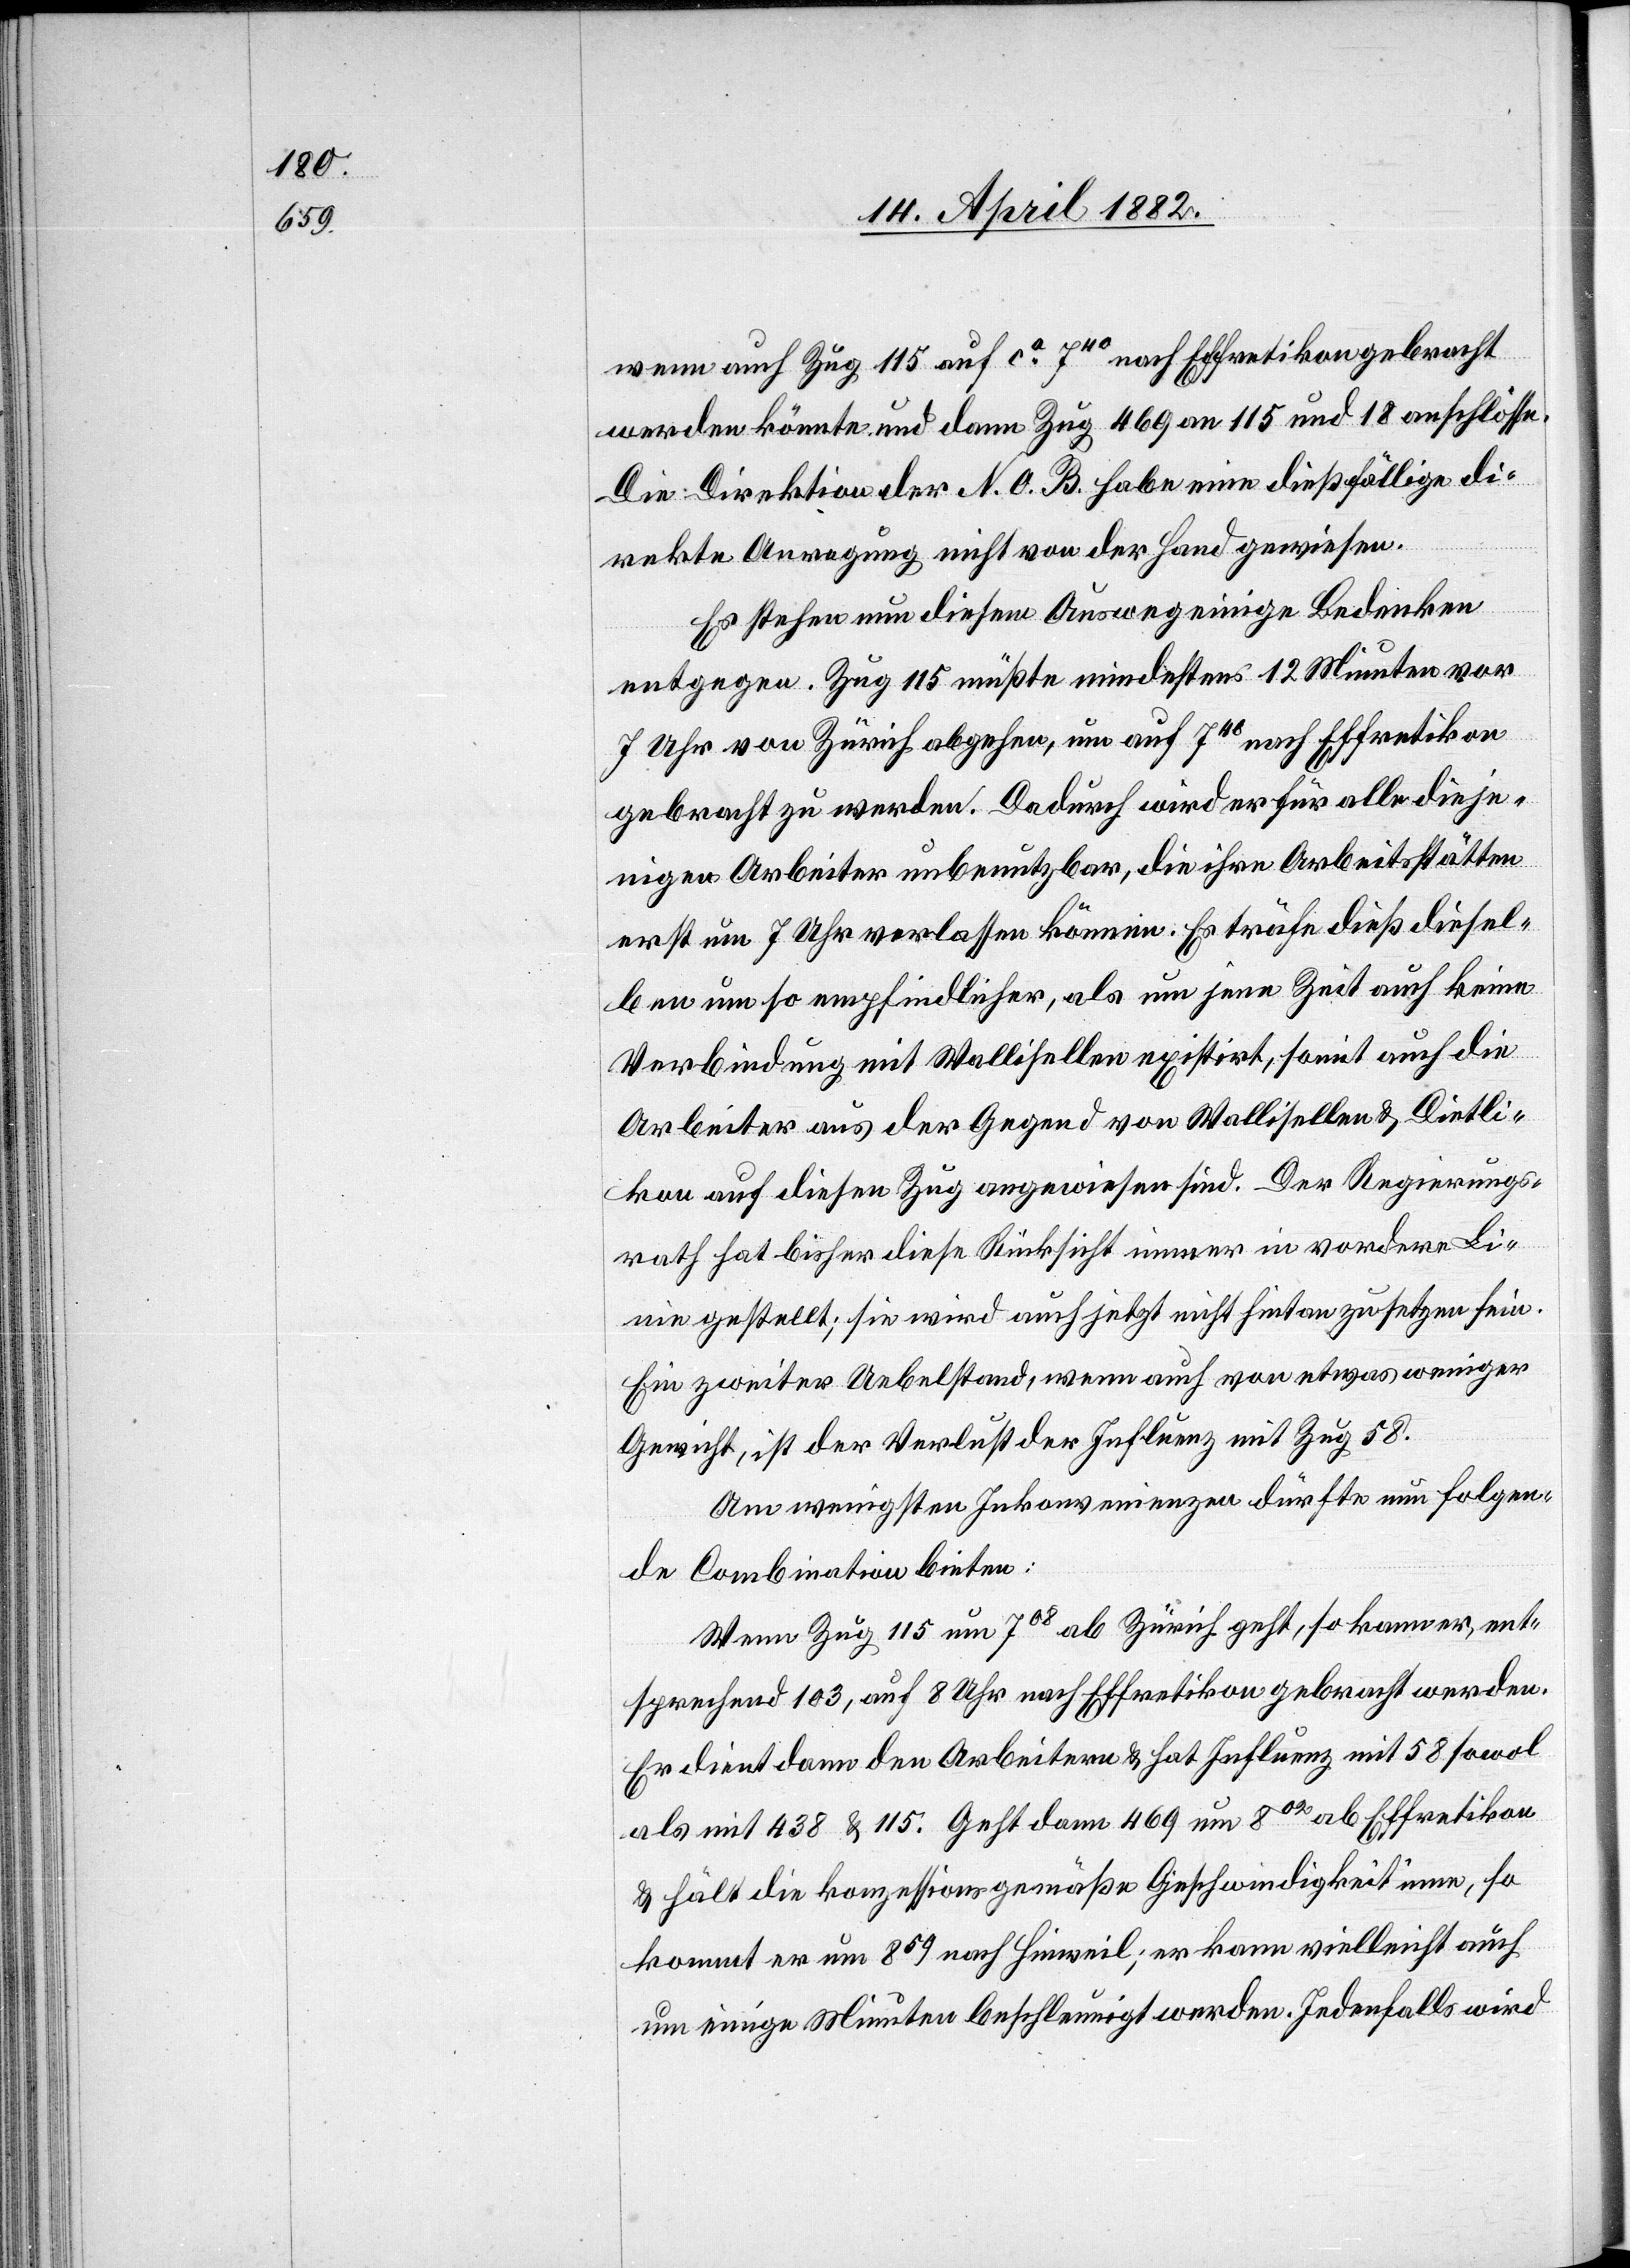
wenn auch Zug 115 auf ca 740 nach Effretikon gebracht
werden könnte und dann Zug 469 an 115 und 18 anschlösse.
Die Direktion der N. O. B. habe eine dießfällige di¬
rekte Anregung nicht von der Hand gewiesen.
Es stehen nun diesem Ausweg einige Bedenken
entgegen. Zug 115 müßte mindestens 12 Minuten vor
7 Uhr von Zürich abgehen, um auf 740 nach Effretikon
gebracht zu werden. Dadurch wird er für alle dieje¬
nigen Arbeiter unbenutzbar, die ihre Arbeitsstätten
erst um 7 Uhr verlassen können. Es träfe dieß diesel¬
ben um so empfindlicher, als um jene Zeit auch keine
Verbindung mit Wallisellen existirt, somit auch die
Arbeiter aus der Gegend von Wallisellen & Dietli¬
kon auf diesen Zug angewiesen sind. Der Regierungs¬
rath hat bisher diese Rücksicht immer in vordere Li¬
nie gestellt; sie wird auch jetzt nicht hintan zu setzen sein.
Ein zweiter Uebelstand, wenn auch von etwas weniger
Gewicht, ist der Verlust der Influenz mit Zug 58.
Am wenigsten Inkonvenienzen dürfte nun folgen¬
de Combination bieten:
Wenn Zug 115 um 708 ab Zürich geht, so kann er, ent¬
sprechend 103, auf 8 Uhr nach Effretikon gebracht werden.
Er dient dann den Arbeitern & hat Influenz mit 58 sowol
als mit 438 & 115. Geht dann 469 um 802 ab Effretikon
& hält die konzessionsgemäße Geschwindigkeit inne, so
kommt er um 859 nach Hinweil; er kann vielleicht auch
um einige Minuten beschleunigt werden. Jedenfalls wird